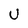
Character: U